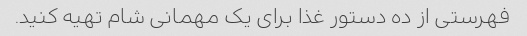
فهرستی از ده دستور غذا برای یک مهمانی شام تهیه کنید.